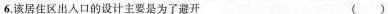
6.该居住区出人口的设计主要是为了避开 ( )